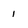
Character: 1